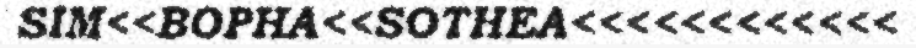
SIM<<BOPHA<<SOTHEA<<<<<<<<<<<<